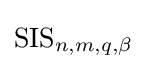
\operatorname {SIS} _{n,m,q,\beta }